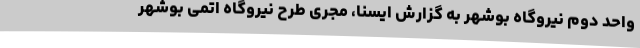
واحد دوم نیروگاه بوشهر به گزارش ایسنا، مجری طرح نیروگاه اتمی بوشهر